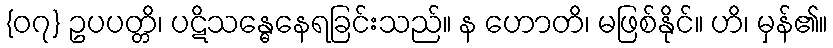
{၀၇} ဥပပတ္တိ၊ ပဋိသန္ဓေနေရခြင်းသည်။ န ဟောတိ၊ မဖြစ်နိုင်။ ဟိ၊ မှန်၏။